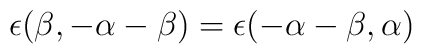
\epsilon (\beta,-\alpha -\beta ) = \epsilon (-\alpha -\beta, \alpha )